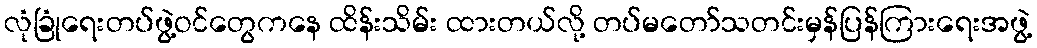
လုံခြုံရေးတပ်ဖွဲ့ဝင်တွေကနေ ထိန်းသိမ်း ထားတယ်လို့ တပ်မတော်သတင်းမှန်ပြန်ကြားရေးအဖွဲ့